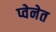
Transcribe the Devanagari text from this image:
प्वेनेत